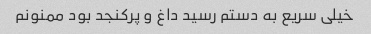
خیلی سریع به دستم رسید داغ و پرکنجد بود ممنونم